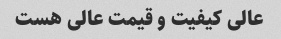
عالی کیفیت و قیمت عالی هست